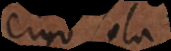
ergo sola